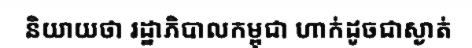
និយាយថា រដ្ឋាភិបាលកម្ពុជា ហាក់ដូចជាស្ងាត់